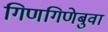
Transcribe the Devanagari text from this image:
गिणगिणेबुवा